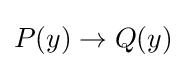
P(y)\rightarrow Q(y)